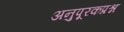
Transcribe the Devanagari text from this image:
अनुपूरकप्रश्न